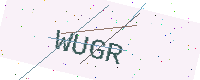
Text: WUGR